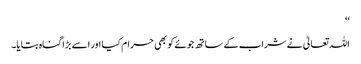
‘‘
اللہ تعالیٰ نے شراب کے ساتھ جوئے کو بھی حرام کیا اور اسے بڑا گناہ بتایا۔